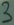
Text: 3